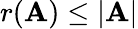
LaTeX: r(\mathbf{A})\leq|\mathbf{A}|